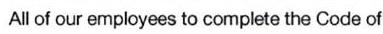
All of our employees to complete the Code of